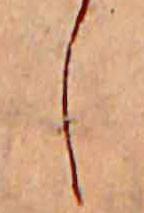
し